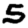
Digit: 5